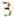
3